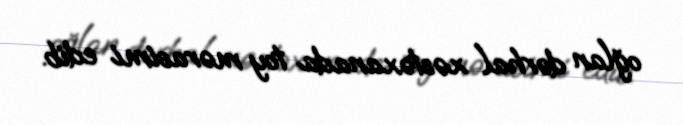
oğlan dərhal xəstəxanada toy mərasimi edib.